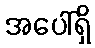
အပေါ်ရှိ